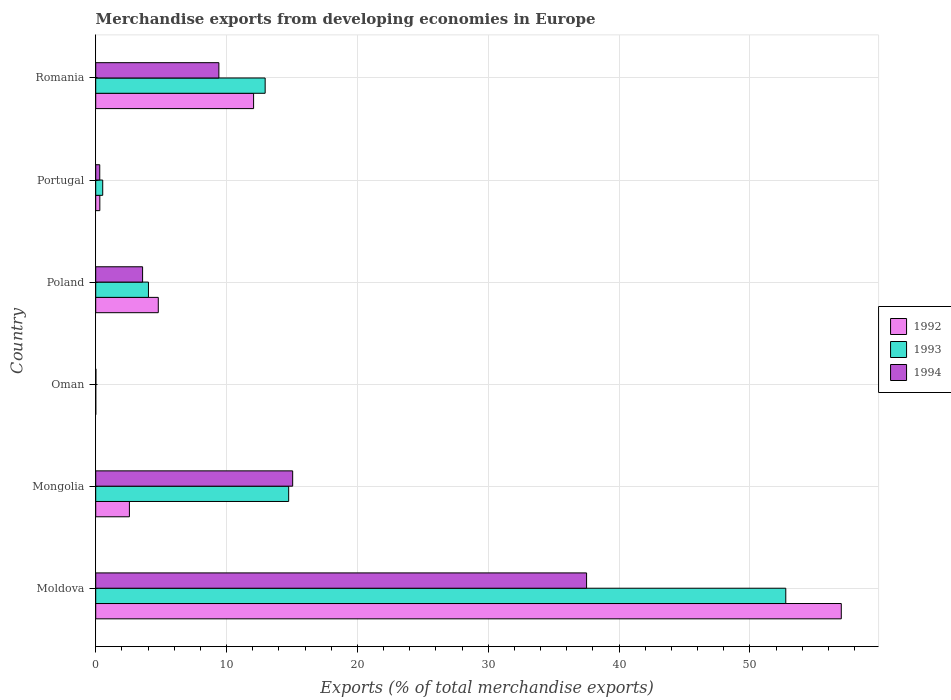
| Country | 1992 | 1993 | 1994 |
 | --- | --- | --- | --- |
 | Moldova | 57 | 52.7 | 37.5 |
 | Mongolia | 2.57 | 14.7 | 15.1 |
 | Oman | 0.00418 | 0.00149 | 0.0143 |
 | Poland | 4.78 | 4.03 | 3.58 |
 | Portugal | 0.315 | 0.536 | 0.309 |
 | Romania | 12.1 | 12.9 | 9.41 |